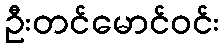
ဦးတင်မောင်ဝင်း